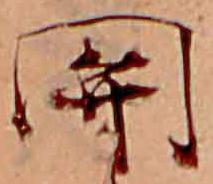
関